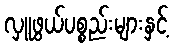
လှူဖွယ်ပစ္စည်းများနှင့်